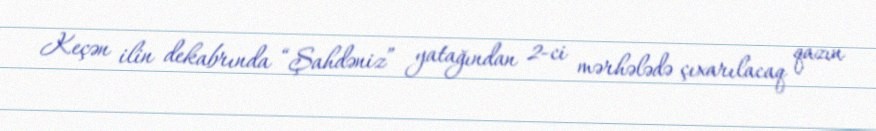
Keçən ilin dekabrında “Şahdəniz” yatağından 2-ci mərhələdə çıxarılacaq qazın